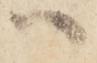
へ